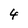
Character: 4